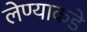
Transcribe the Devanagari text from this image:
लेण्याकडे